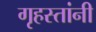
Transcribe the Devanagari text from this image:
गृहस्तांनी